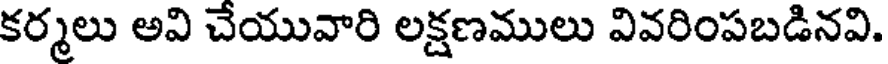
కర్మలు అవి చేయువారి లక్షణములు వివరింపబడినవి.